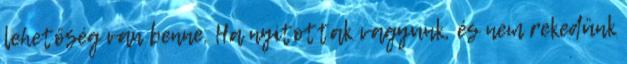
lehetőség van benne. Ha nyitottak vagyunk, és nem rekedünk